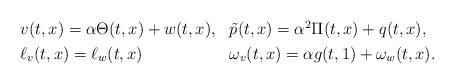
LaTeX: \begin{align*} \begin{aligned} & v (t,x) = \alpha \Theta (t,x) + w (t,x), && \tilde{p} (t,x) = \alpha^2 \Pi (t,x) + q (t,x), \\ & \ell_v (t,x) = \ell_w (t,x) && \omega_v (t,x) = \alpha g(t, 1) + \omega_w (t,x). \end{aligned} \end{align*}